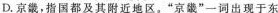
D.京畿，指国都及其附近地区”京畿”一词出现于东